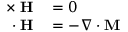
\begin{array} { r l } { \mathbf { \nabla \times H } } & { { } = 0 } \\ { \mathbf { \nabla \cdot H } } & { { } = - \nabla \cdot \mathbf { M } } \end{array}